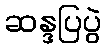
ဆန္ဒပြပွဲ